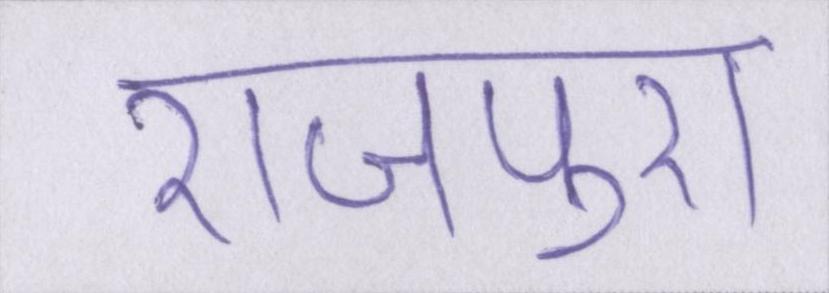
राजपुरा